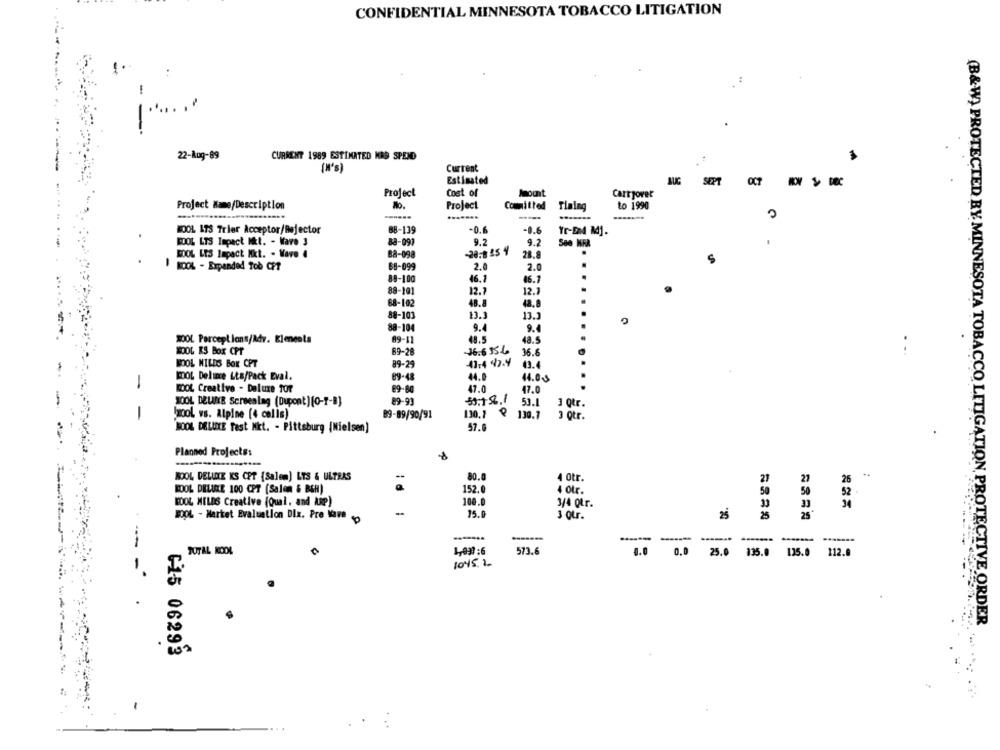
CONFIDENTIAL MINNESOTA TOBACCO LITIGATION
:
!
22-Aug-89
CURRENT 1989 ESTIMATED HAS SPEND
(W's)
Current
Estimated
SEPT
OCT
Project
Cost of
Jepunt
Carryover
Project Name/Description
No.
Project
Committed
Tlaing
to 1990
-----
WOOL 173 Trier Acceptor/Bajector
88-139
-0.
-0.6
Yr-De4 Mj.
BOOL LTS Impact It. - Ware 3
9.2
9.2
88-091
BOOL LES Impact Nkt. - Wave 4
88-098
20.8 25 4
28.8
S
KOOL - Expanded Tob CPT
68-099
2.0
2.0
88-100
46.1
46.7
88-101
12.7
12.7
68-102
48.8
48.8
88-103
13.3
13.3
88-104
9.4
9.4
48.5
48.5
WOOL Perceptions/Adv. Eleneata
89-11
WOOL KS BOX CPT
69-28
36.6 556
36.6
BOOL MILDS BOX CPT
89-29
47.4 47.4
43.4
44.0
1
COOL Delume Lta/Pack Eval.
89-48
14.00
KOOL Creative - Deluxe for
69-60
47.0
47.0
WOOL DELIKE Screening (Dupont) [0-7-8]
89-93
53.152.7
53.1
3 0tr.
1
lyool vs. Alpine [4 cells)
89-89/90/91
130.7 º 130.7
3 otr.
57.0
WOOL DELUXE Test Mkt. - Pittsburg [Nielsen]
Planned Projects:
BOOL DELLOYE KS CPT {Salem) LTS & ULTRAS
80.0
4 0tr.
21
27
26
:
50
BOOL DELUKKE 100 CPT (Salon & B&H)
152.0
4 otr.
50
52
WOOL MILDS Creative (Qual, and ARP)
100.0
33
3/4 Qtr.
33
BOOL - Market Evaluation Dix. Pro Vare
15.0
3 our.
25
25
-----
----...
TUTAL KOOL
1,037 : 6
573.6
0.0
0,0
25.0
135.0
125.0
112.
1045.2
(B&W) PROTECTED BY. MINNESOTA TOBACCO LITIGATION, PROTECTIVE ORDER
615 06293
.